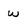
Character: w